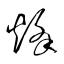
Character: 烽